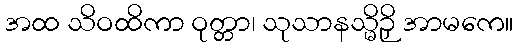
အထ သိဝထိကာ ဝုတ္တာ၊ သုသာနသ္မိဉှိ အာမကေ။